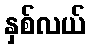
နှစ်လယ်